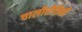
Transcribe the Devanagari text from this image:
चालीरीतिनी